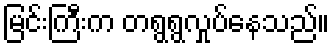
မြင်းကြီးက တရွရွလှုပ်နေသည်။